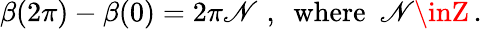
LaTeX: \beta(2\pi)-\beta(0)=2\pi\mathscr{N}\, \, ,\, \, \, \mathrm{{where}}\, \, \, \mathscr{N}\inZ\, .